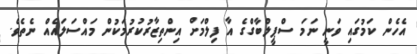
އެހެން ކަމުގައި ވަނީ ނަމަ ސްޕީލްބާގްގެ އާ ފިލްމަށް އިންތިޒާރުކުރުމަކުން މައްސަލައެއް ނެތެވެ.